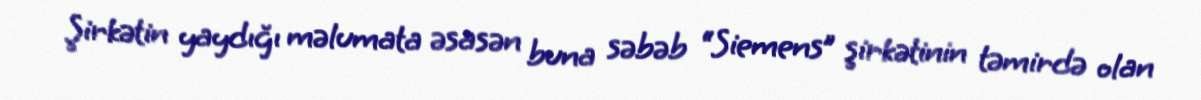
Şirkətin yaydığı məlumata əsasən buna səbəb “Siemens” şirkətinin təmirdə olan